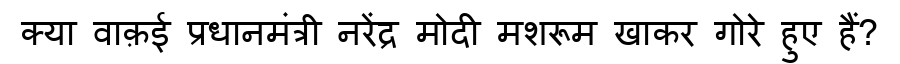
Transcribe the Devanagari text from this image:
क्या वाक़ई प्रधानमंत्री नरेंद्र मोदी मशरूम खाकर गोरे हुए हैं?